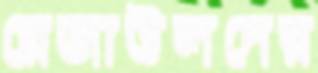
রেজাউলদের